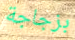
بزجاجة